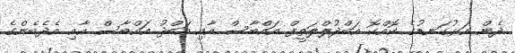
ދެން އަޅުގަނޑުގެ ކޮއްކޮ އަބްދުލްލަތީފް އައްބާސް އާއި އަބްދު އައްބާސް އާއި އެދެބެންގެ